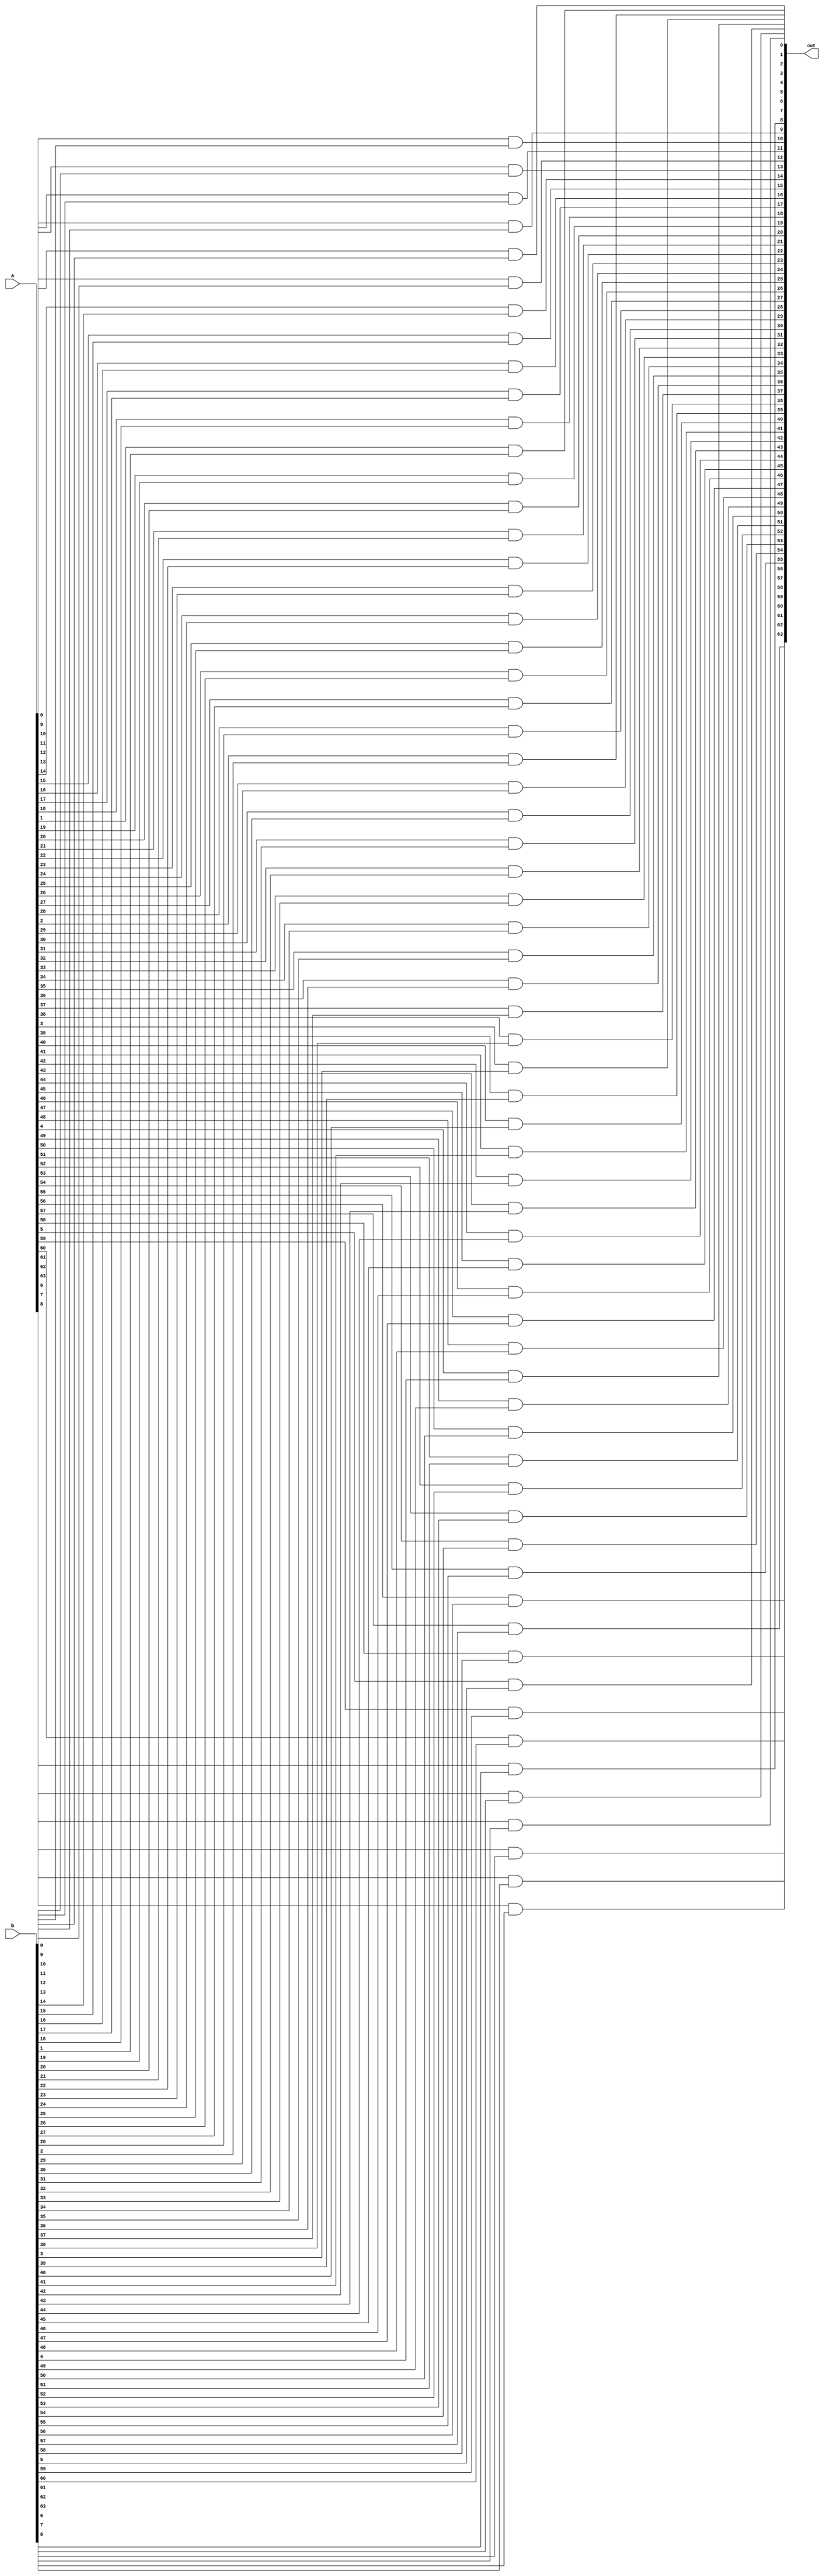
module aluand(out, a, b);
    input signed [63:0] a;
    input signed [63:0] b;
    output signed [63:0] out;
    
    genvar k;
    for(k=0;k<64;k=k+1)
    begin
        and AND(out[k], a[k], b[k]);
    end
endmodule